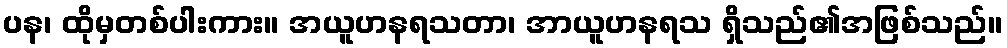
ပန၊ ထိုမှတစ်ပါးကား။ အယူဟနရသတာ၊ အာယူဟနရသ ရှိသည်၏အဖြစ်သည်။